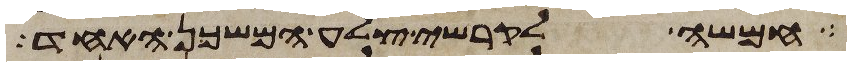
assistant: חמשה לקרשי צלע המשכן האחד